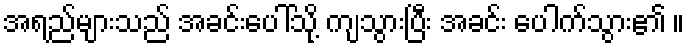
အရည်များသည် အခင်းပေါ်သို့ ကျသွားပြီး အခင်း ပေါက်သွား၏ ။